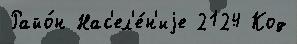
Райо́н Нас'ел'е́н'иjе 2124 Код